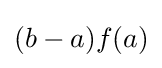
(b-a)f(a)